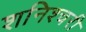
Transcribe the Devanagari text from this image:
शनिश्चरी